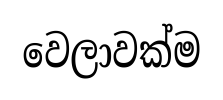
වෙලාවක්ම